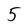
Character: 5